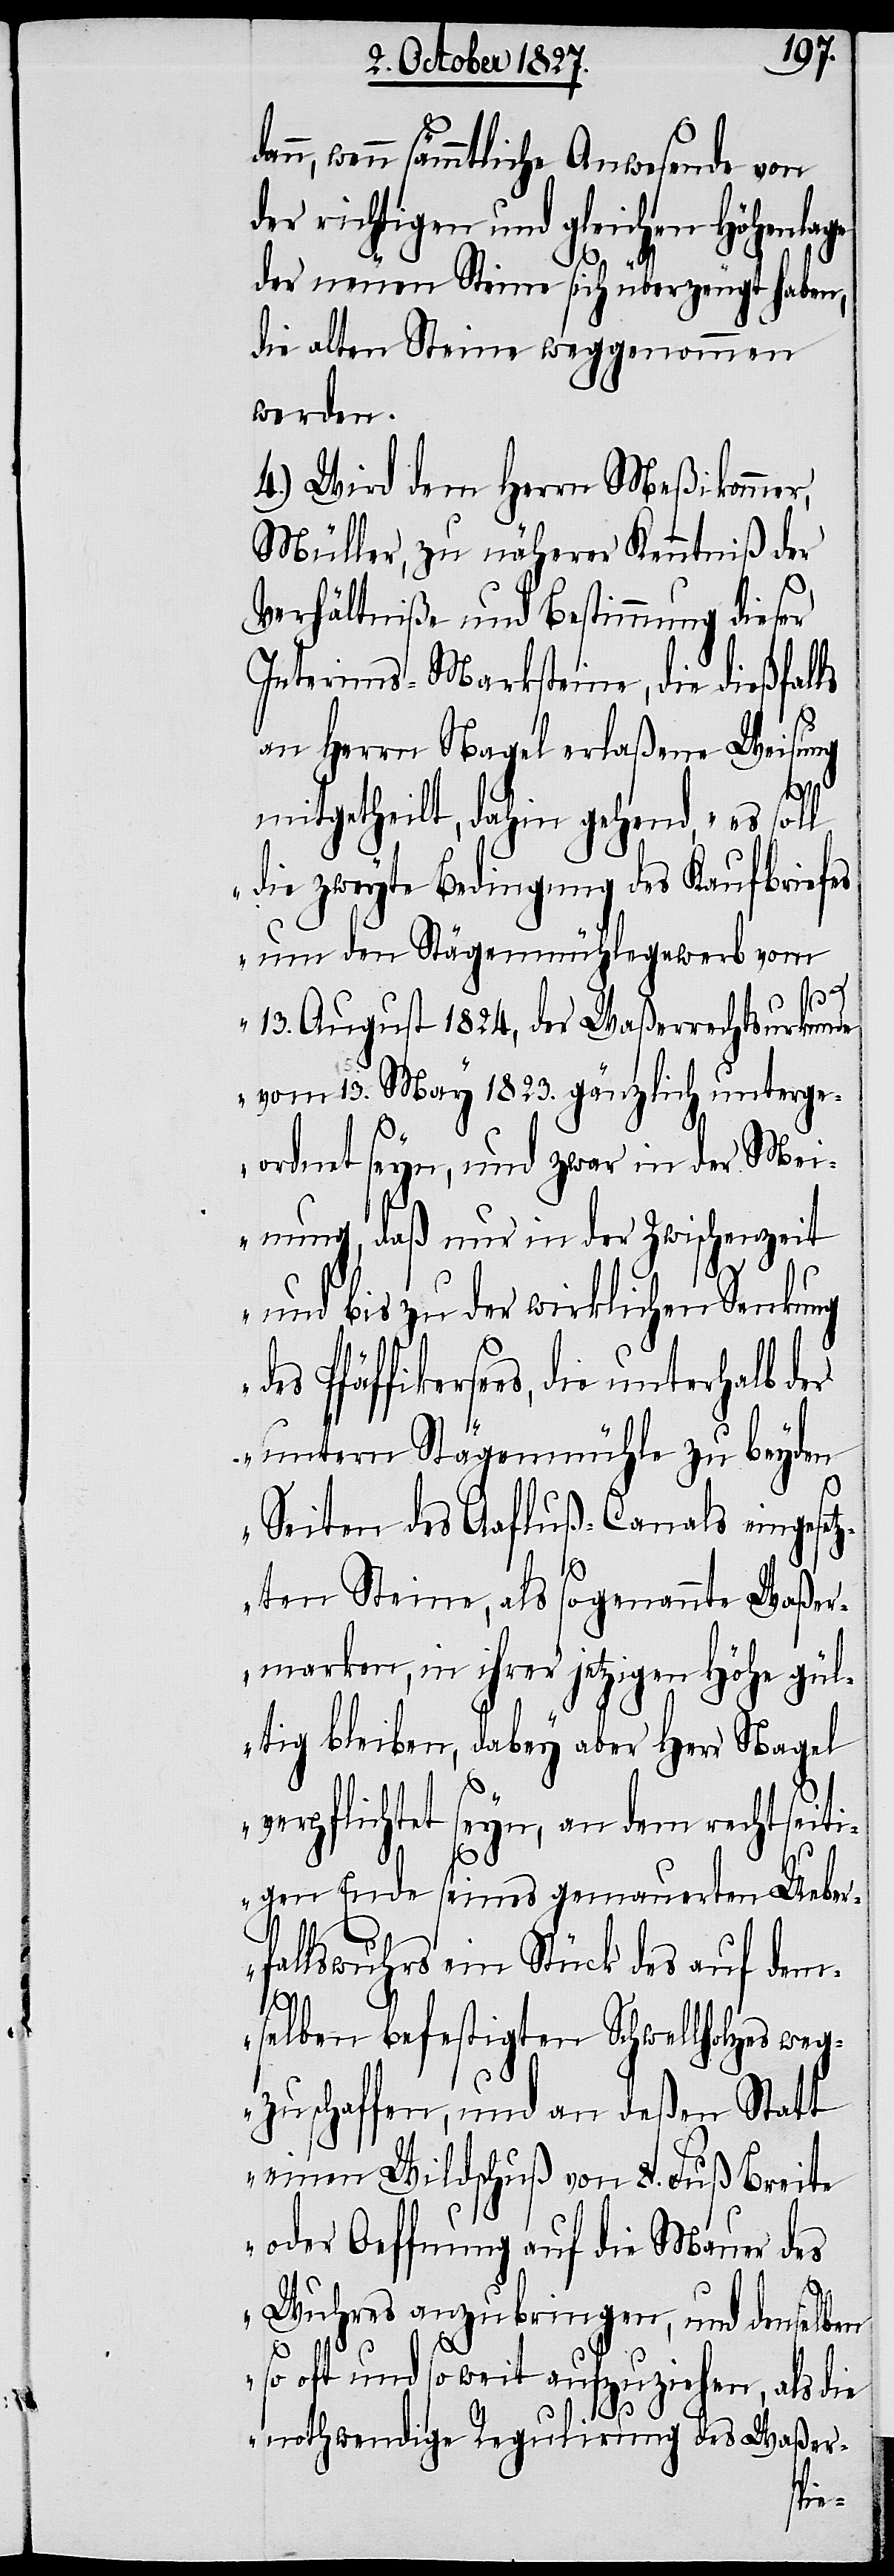
dann, wenn sämmtliche Anwesende von
der richtigen und gleichen Höhenlage
der neuen Steine sich überzeugt haben,
die alten Steine weggenommen
werden.
4.) Wird dem Herrn Meßikommer,
Müller, zu näherer Kenntniß der
Verhältniße und Bestimmung dieser
Interims-Marksteine, die dießfalls
an Herrn Nagel erlaßene Weisung
mitgetheilt, dahin gehend, „es sol¬
l die zweyte Bedingung des Kaufbriefes
um den Stägenmühlegewerb vom
13. August 1824, der Waßerrechtsurkunde
vom 13. May 1823. gänzlich unterge¬
ordnet seyn, und zwar in der Mei¬
nung, daß nur in der Zwischenzeit
und bis zu der wirklichen Senkung
des Pfäffikersees, die unterhalb
untern Stägenmühle zu beyden
Seiten des Aafluß-Canals eingese¬
tzten Steine, als sogenannte Waßer¬
marken, in ihrer jetzigen Hohe gül¬
tig bleiben, dabey aber Herr Nagel
verpflichtet seyn, an dem rechtseiti¬
gen Ende seines gemauerten Ueber¬
fallswuhrs ein Stück des auf dem¬
selben befestigten Schwellholzes weg¬
zuschaffen, und an deßen Statt
einen Wildschuß von 8. Fuß Breite
oder Oeffnung auf die Mauer des
der
Wuhres anzubringen, und denselben
so oft und so weit aufzuziehen, als die
nothwendige Regulirung des Waßer-